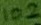
Text: 102